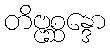
တိဗ္ဗစ္ဆန္ဒော